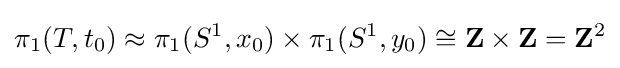
\pi _{1}(T,t_{0})\approx \pi _{1}(S^{1},x_{0})\times \pi _{1}(S^{1},y_{0})\cong \mathbf {Z} \times \mathbf {Z} =\mathbf {Z} ^{2}